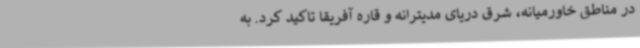
در مناطق خاورمیانه، شرق دریای مدیترانه و قاره آفریقا تاکید کرد. به